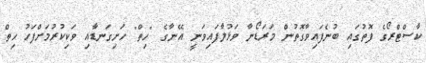
ކާސްޓްރޯގެ ފޮތުގައި ބުނެފައިވާގޮތުން މަރަޑޯނާ ވަޅުލާފައިވަނީ އޭނާގެ "ހިތް" ހަށިގަނޑާއި ވަކިކުރުމަށްފަހު ހިތް